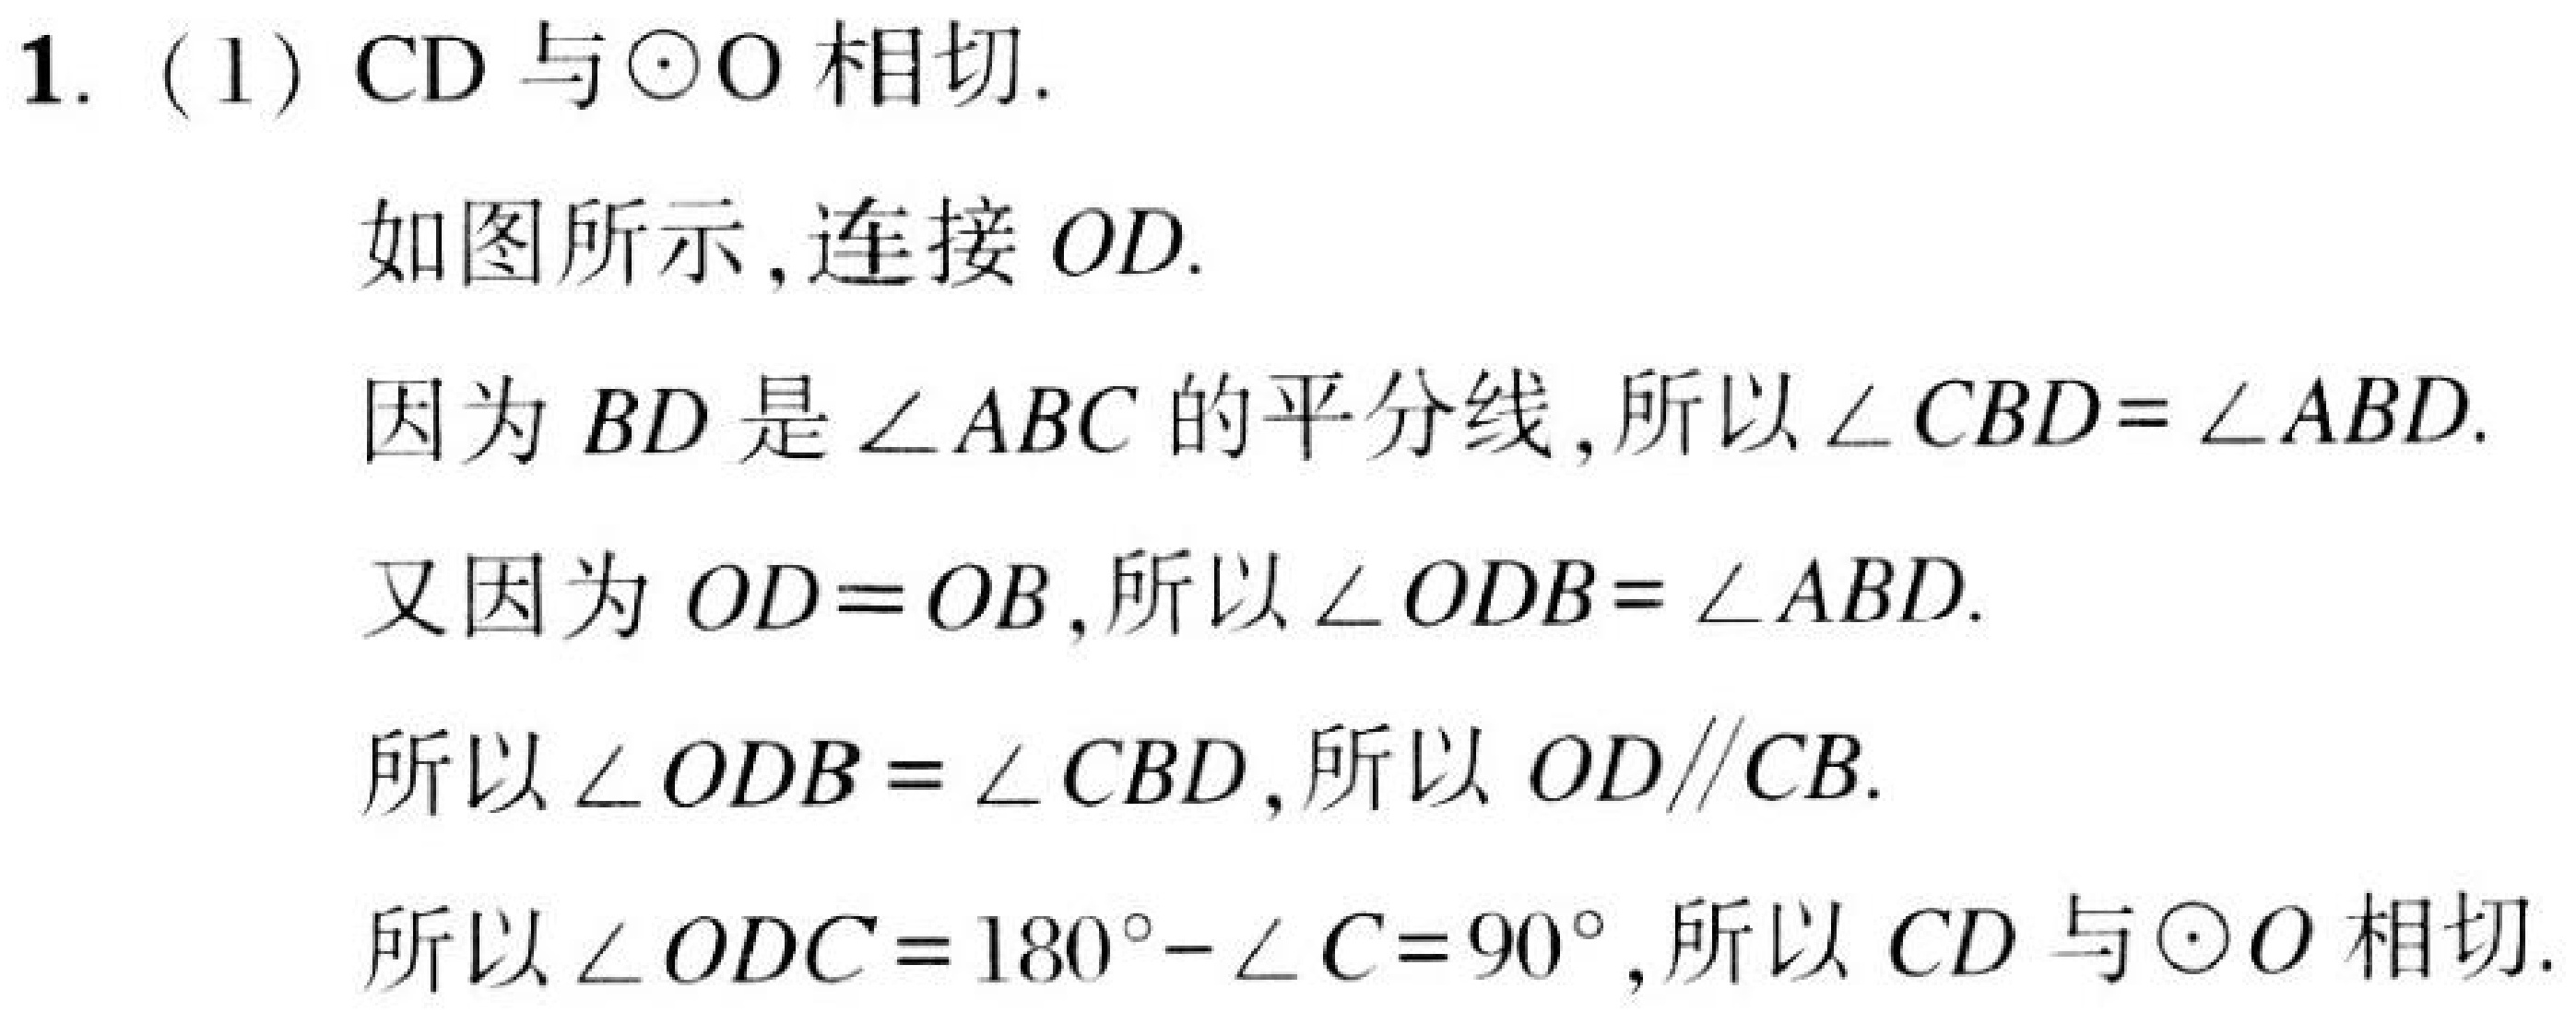
1. (1) \(CD\) 与\(\odot O\) 相切.
如图所示,连接 \(OD\).
因为 \(BD\) 是 \(\angle ABC\) 的平分线,所以 \(\angle CBD = \angle ABD\).
又因为 \(OD = OB\),所以 \(\angle ODB = \angle ABD\).
所以 \(\angle ODB = \angle CBD\),所以 \(OD\parallel CB\).
所以 \(\angle ODC = 180^{\circ}-\angle C = 90^{\circ}\),所以 \(CD\) 与\(\odot O\) 相切.